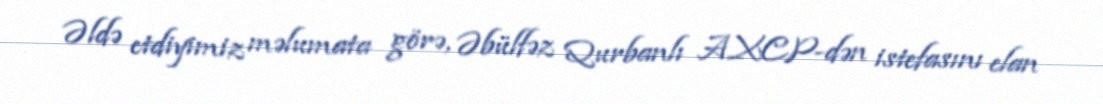
Əldə etdiyimiz məlumata görə, Əbülfəz Qurbanlı AXCP-dən istefasını elan